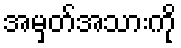
အမှတ်အသားကို